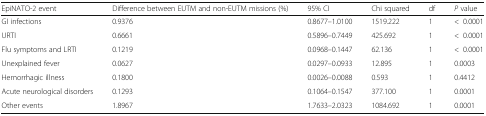
| EpiNATO-2 event | Difference between EUTM and non-EUTM missions (%) | 95% CI | Chi squared | df | P value |
 | --- | --- | --- | --- | --- | --- |
 | GI infections | 0.9376 | 0.8677–1.0100 | 1519.222 | 1 | <0.0001 |
 | URTI | 0.6661 | 0.5896–0.7449 | 425.692 | 1 | <0.0001 |
 | Flu symptoms and LRTI | 0.1219 | 0.0968–0.1447 | 62.136 | 1 | <0.0001 |
 | Unexplained fever | 0.0627 | 0.0297–0.0933 | 12.895 | 1 | 0.0003 |
 | Hemorrhagic illness | 0.1800 | 0.0026–0.0088 | 0.593 | 1 | 0.4412 |
 | Acute neurological disorders | 0.1293 | 0.1064–0.1547 | 377.100 | 1 | 0.0001 |
 | Other events | 1.8967 | 1.7633–2.0323 | 1084.692 | 1 | 0.0001 |